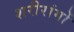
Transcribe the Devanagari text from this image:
शरीरांगों